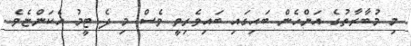
މި މުބާރާތުގެ އަންހެން ބައިގައި ބައިވެރިވީ ވެސް މި ދެ ޓީމު އެކަންޏެވެ.